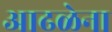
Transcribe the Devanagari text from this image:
आढळेना